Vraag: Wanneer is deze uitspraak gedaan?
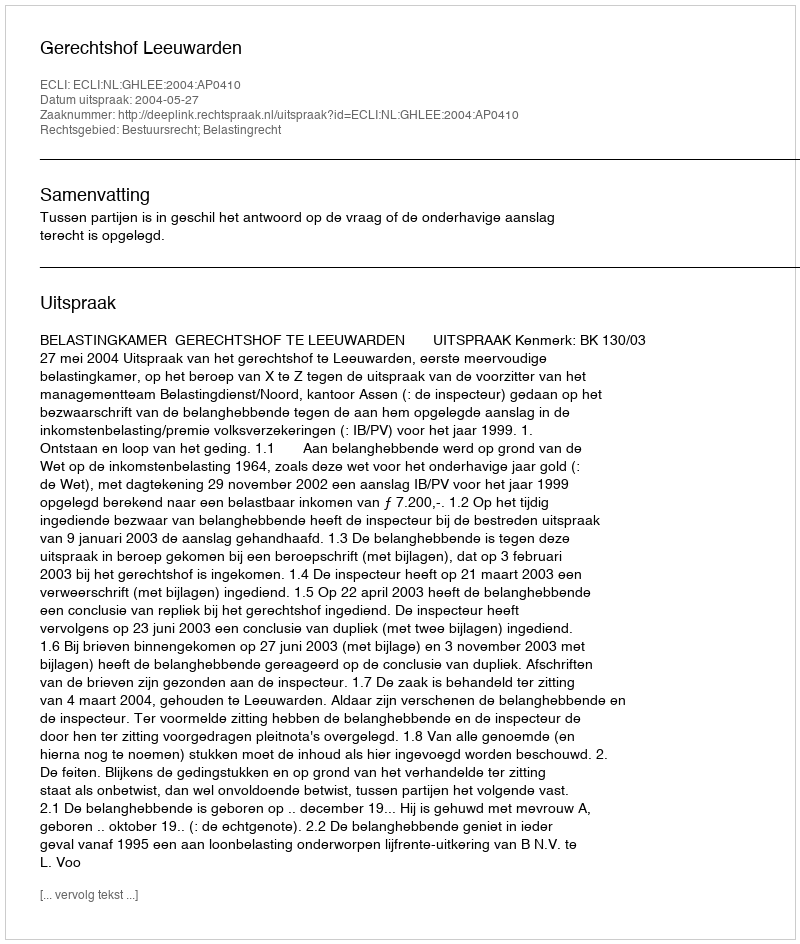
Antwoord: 2004-05-27